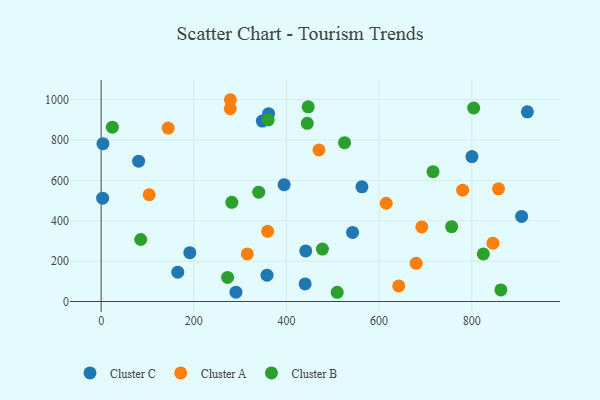
{"axis": {"x": "Study Hours", "y": "Yield"}, "legend": ["Cluster A", "Cluster B", "Cluster C"], "data": [{"x": "291.0", "y": 46.0, "type": "Cluster C"}, {"x": "165.4", "y": 145.4, "type": "Cluster C"}, {"x": "441.6", "y": 250.6, "type": "Cluster C"}, {"x": "920.0", "y": 939.5, "type": "Cluster C"}, {"x": "358.0", "y": 130.3, "type": "Cluster C"}, {"x": "3.2", "y": 511.9, "type": "Cluster C"}, {"x": "191.4", "y": 241.9, "type": "Cluster C"}, {"x": "907.6", "y": 421.7, "type": "Cluster C"}, {"x": "440.3", "y": 87.0, "type": "Cluster C"}, {"x": "361.4", "y": 930.4, "type": "Cluster C"}, {"x": "562.9", "y": 568.2, "type": "Cluster C"}, {"x": "395.0", "y": 578.8, "type": "Cluster C"}, {"x": "542.7", "y": 342.3, "type": "Cluster C"}, {"x": "80.9", "y": 695.1, "type": "Cluster C"}, {"x": "3.9", "y": 781.7, "type": "Cluster C"}, {"x": "347.9", "y": 893.6, "type": "Cluster C"}, {"x": "800.3", "y": 718.0, "type": "Cluster C"}, {"x": "315.4", "y": 235.5, "type": "Cluster A"}, {"x": "692.1", "y": 369.5, "type": "Cluster A"}, {"x": "278.7", "y": 955.4, "type": "Cluster A"}, {"x": "857.7", "y": 558.2, "type": "Cluster A"}, {"x": "615.3", "y": 486.8, "type": "Cluster A"}, {"x": "679.9", "y": 189.3, "type": "Cluster A"}, {"x": "642.3", "y": 77.3, "type": "Cluster A"}, {"x": "279.0", "y": 999.6, "type": "Cluster A"}, {"x": "103.7", "y": 529.3, "type": "Cluster A"}, {"x": "780.3", "y": 551.6, "type": "Cluster A"}, {"x": "144.6", "y": 859.4, "type": "Cluster A"}, {"x": "359.4", "y": 347.6, "type": "Cluster A"}, {"x": "845.7", "y": 288.8, "type": "Cluster A"}, {"x": "470.2", "y": 751.1, "type": "Cluster A"}, {"x": "24.2", "y": 863.8, "type": "Cluster B"}, {"x": "360.6", "y": 900.1, "type": "Cluster B"}, {"x": "862.8", "y": 57.2, "type": "Cluster B"}, {"x": "525.4", "y": 787.0, "type": "Cluster B"}, {"x": "446.9", "y": 964.3, "type": "Cluster B"}, {"x": "85.4", "y": 307.2, "type": "Cluster B"}, {"x": "716.3", "y": 643.1, "type": "Cluster B"}, {"x": "804.1", "y": 958.7, "type": "Cluster B"}, {"x": "444.9", "y": 882.7, "type": "Cluster B"}, {"x": "509.5", "y": 45.7, "type": "Cluster B"}, {"x": "477.6", "y": 259.6, "type": "Cluster B"}, {"x": "340.1", "y": 541.8, "type": "Cluster B"}, {"x": "824.9", "y": 235.8, "type": "Cluster B"}, {"x": "756.5", "y": 370.7, "type": "Cluster B"}, {"x": "282.0", "y": 491.2, "type": "Cluster B"}, {"x": "272.9", "y": 119.2, "type": "Cluster B"}]}